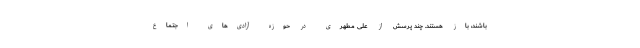
باشند، باز هستند. چند پرسش از علی مطهری در حوزهٔ آزادی‌های اجتماع